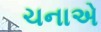
ચનાએ